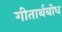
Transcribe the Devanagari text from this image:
गीतार्थबोध